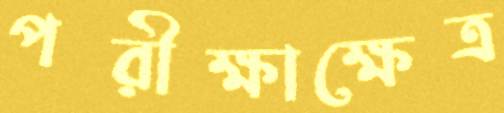
পরীক্ষাক্ষেত্র